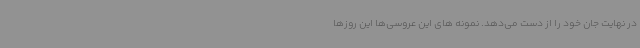
در نهایت جان خود را از دست می‌دهد. نمونه های این عروسی‌ها این روزها